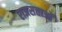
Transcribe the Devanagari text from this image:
राजसत्ताओं